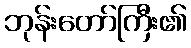
ဘုန်းတော်ကြီး၏